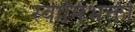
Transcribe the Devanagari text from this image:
स्वामिभक्ती